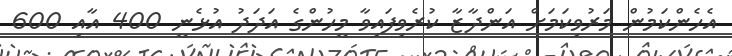
އެހެންކަމުން މަރުވިކަމަށް އަންދާޒާ ކުރެވިފައިވާ މީހުންގެ އަދަދު އުޅެނީ 400 އާއި 600